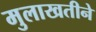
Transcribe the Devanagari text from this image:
मुलाखतीने